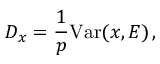
D _ { x } = \frac { 1 } { p } \mathrm { V a r } ( x , E ) \, ,